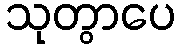
သုတွာပေ